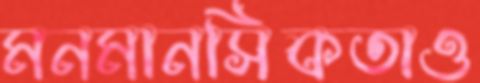
মনমানসিকতাও